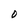
Character: O